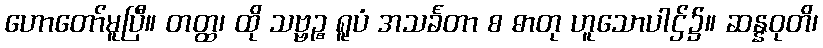
ဟောတော်မူပြီ။ တတ္ထ၊ ထို သဗ္ဗဉ္စ ရူပံ အသင်္ခတာ စ ဓာတု ဟူသောပါဌ်၌။ ဆန္နဝုတိ၊